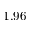
1 . 9 6